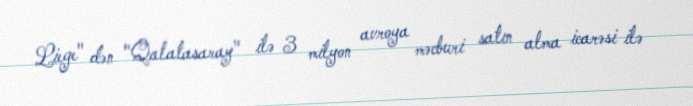
Liege" dən "Qalatasaray" ilə 3 milyon avroya məcburi satın alma icarəsi ilə